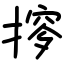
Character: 摉